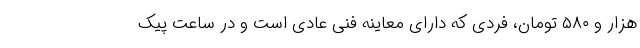
هزار و ۵۸۰ تومان، فردی که دارای معاینه فنی عادی است و در ساعت پیک